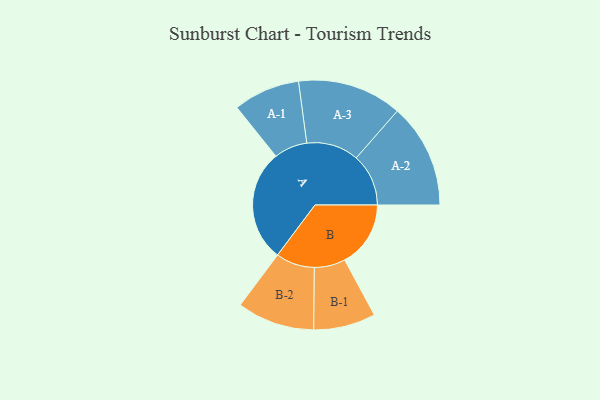
{"axis": {"x": "Segment", "y": "Value"}, "legend": ["", "A", "B"], "data": [{"x": "A", "y": 490, "type": ""}, {"x": "B", "y": 289, "type": ""}, {"x": "A-1", "y": 146, "type": "A"}, {"x": "A-2", "y": 229, "type": "A"}, {"x": "A-3", "y": 229, "type": "A"}, {"x": "B-1", "y": 136, "type": "B"}, {"x": "B-2", "y": 170, "type": "B"}]}